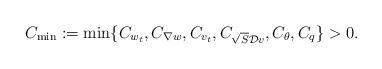
LaTeX: \begin{align*}C_{\min} := \min\{C_{w_{t}}, C_{\nabla w}, C_{v_{t}}, C_{\sqrt{S} \mathcal{D} v}, C_{\theta}, C_{q}\} > 0. \end{align*}